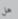
هل